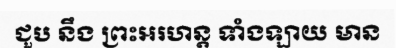
ជួប នឹង ព្រះអរហន្ត ទាំងឡាយ មាន